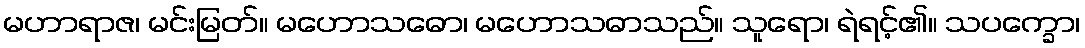
မဟာရာဇ၊ မင်းမြတ်။ မဟောသဓော၊ မဟောသဓာသည်။ သူရော၊ ရဲရင့်၏။ သပက္ခော၊